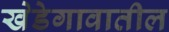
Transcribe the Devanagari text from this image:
खेडेगावातील